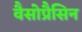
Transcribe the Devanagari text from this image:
वैसोप्रैसिन